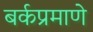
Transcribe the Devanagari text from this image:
बर्कप्रमाणे